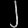
Digit: ၂